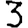
Digit: 3